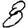
Digit: 8